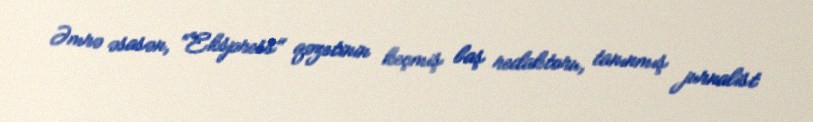
Əmrə əsasən, “Ekspress" qəzetinin keçmiş baş redaktoru, tanınmış jurnalist